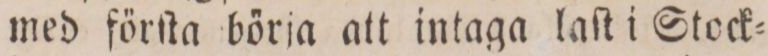
med förſta börja att intaga laſt i Stock=